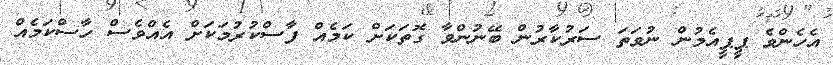
އެހެންވެ ޕީޕީއެމުން ނުވަތަ ސަރުކާރުން ބޭނުންވާ ގޮތަކަށް ކަމެއް ފާސްކުރުމަކަށް އެއްވެސް ހާސްކަމެއް